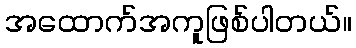
အထောက်အကူဖြစ်ပါတယ်။